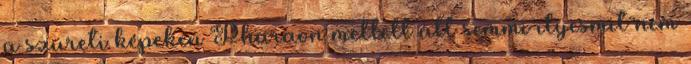
a szüreti képeken Pharaon mellett áll semmi ilyesmit nem